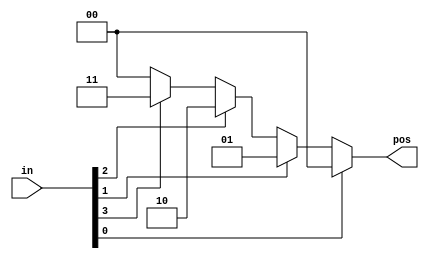
//////////////////////////////////////////////////

//casezcase

//////////////////////////////////////////////////
// synthesis verilog_input_version verilog_2001
module top_module (
    input [3:0] in,
    output reg [1:0] pos  );

    always @(in) begin
        if (in[0]) begin
            pos = 2'h0;
        end else begin
            if (in[1]) begin
                pos = 2'h1;
            end else begin
                if (in[2]) begin
                    pos = 2'h2;
                end else begin
                    if (in[3]) begin
                        pos = 2'h3;
                    end else begin
                        pos = 2'h0;
                    end 
                end 
            end 
        end 
    end
endmodule

//////////////////////////////////////////////////